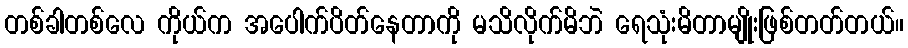
တစ်ခါတစ်လေ ကိုယ်က အပေါက်ပိတ်နေတာကို မသိလိုက်မိဘဲ ရေသုံးမိတာမျိုးဖြစ်တတ်တယ်။